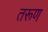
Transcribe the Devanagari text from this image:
तरूण